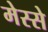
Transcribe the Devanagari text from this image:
मेस्से